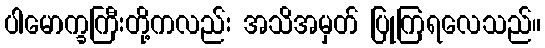
ပါမောက္ခကြီးတို့ကလည်း အသိအမှတ် ပြုကြရလေသည်။